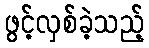
ဖွင့်လှစ်ခဲ့သည့်